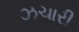
ઝચારી